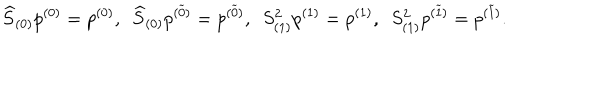
\widehat { S } _ { ( 0 ) } p ^ { ( 0 ) } = p ^ { ( 0 ) } , ~ ~ \widehat { S } _ { ( 0 ) } p ^ { ( \widetilde { 0 } ) } = p ^ { ( \widetilde { 0 } ) } , ~ ~ S _ { ( 1 ) } ^ { 2 } p ^ { ( 1 ) } = p ^ { ( 1 ) } , ~ ~ S _ { ( 1 ) } ^ { 2 } p ^ { ( \widetilde { 1 } ) } = p ^ { ( \widetilde { 1 } ) } .